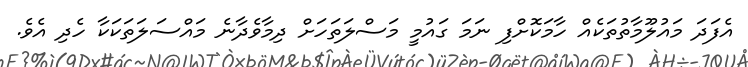
އެފަދަ މައުލޫމާތުތަކެއް ހާމަކޮށްފި ނަމަ ގައުމީ މަސްލަތަހަށް ދިމާވެދާނެ މައްސަލަތަކަކާ ހެދި އެވެ.